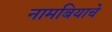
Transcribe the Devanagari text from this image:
नामबियाचे